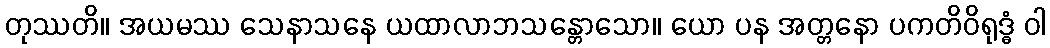
တုဿတိ။ အယမဿ သေနာသနေ ယထာလာဘသန္တောသော။ ယော ပန အတ္တနော ပကတိဝိရုဒ္ဓံ ဝါ